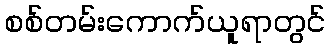
စစ်တမ်းကောက်ယူရာတွင်